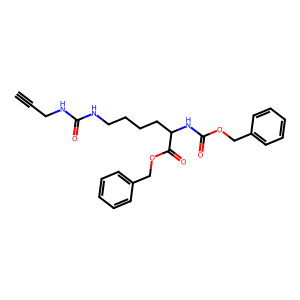
SMILES: C#CCNC(=O)NCCCCC(NC(=O)OCc1ccccc1)C(=O)OCc1ccccc1
Inhibits HIV replication: No